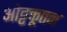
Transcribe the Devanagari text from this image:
ओट्टक्तूतन